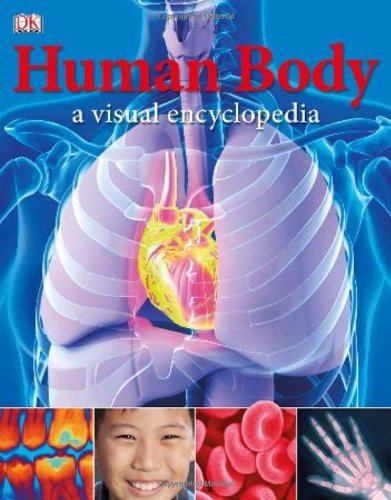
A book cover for Human Body: A Visual Encyclopedia; DK Publishing; Children's Books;